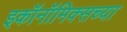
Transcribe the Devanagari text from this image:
इकॉनॉमिक्सच्या